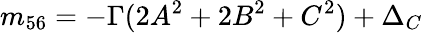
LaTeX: m_{56}=-\Gamma(2A^{2}+2B^{2}+C^{2})+\Delta_{C}